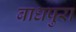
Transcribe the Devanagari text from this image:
बाधपुरा